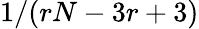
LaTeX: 1/(rN-3r+3)